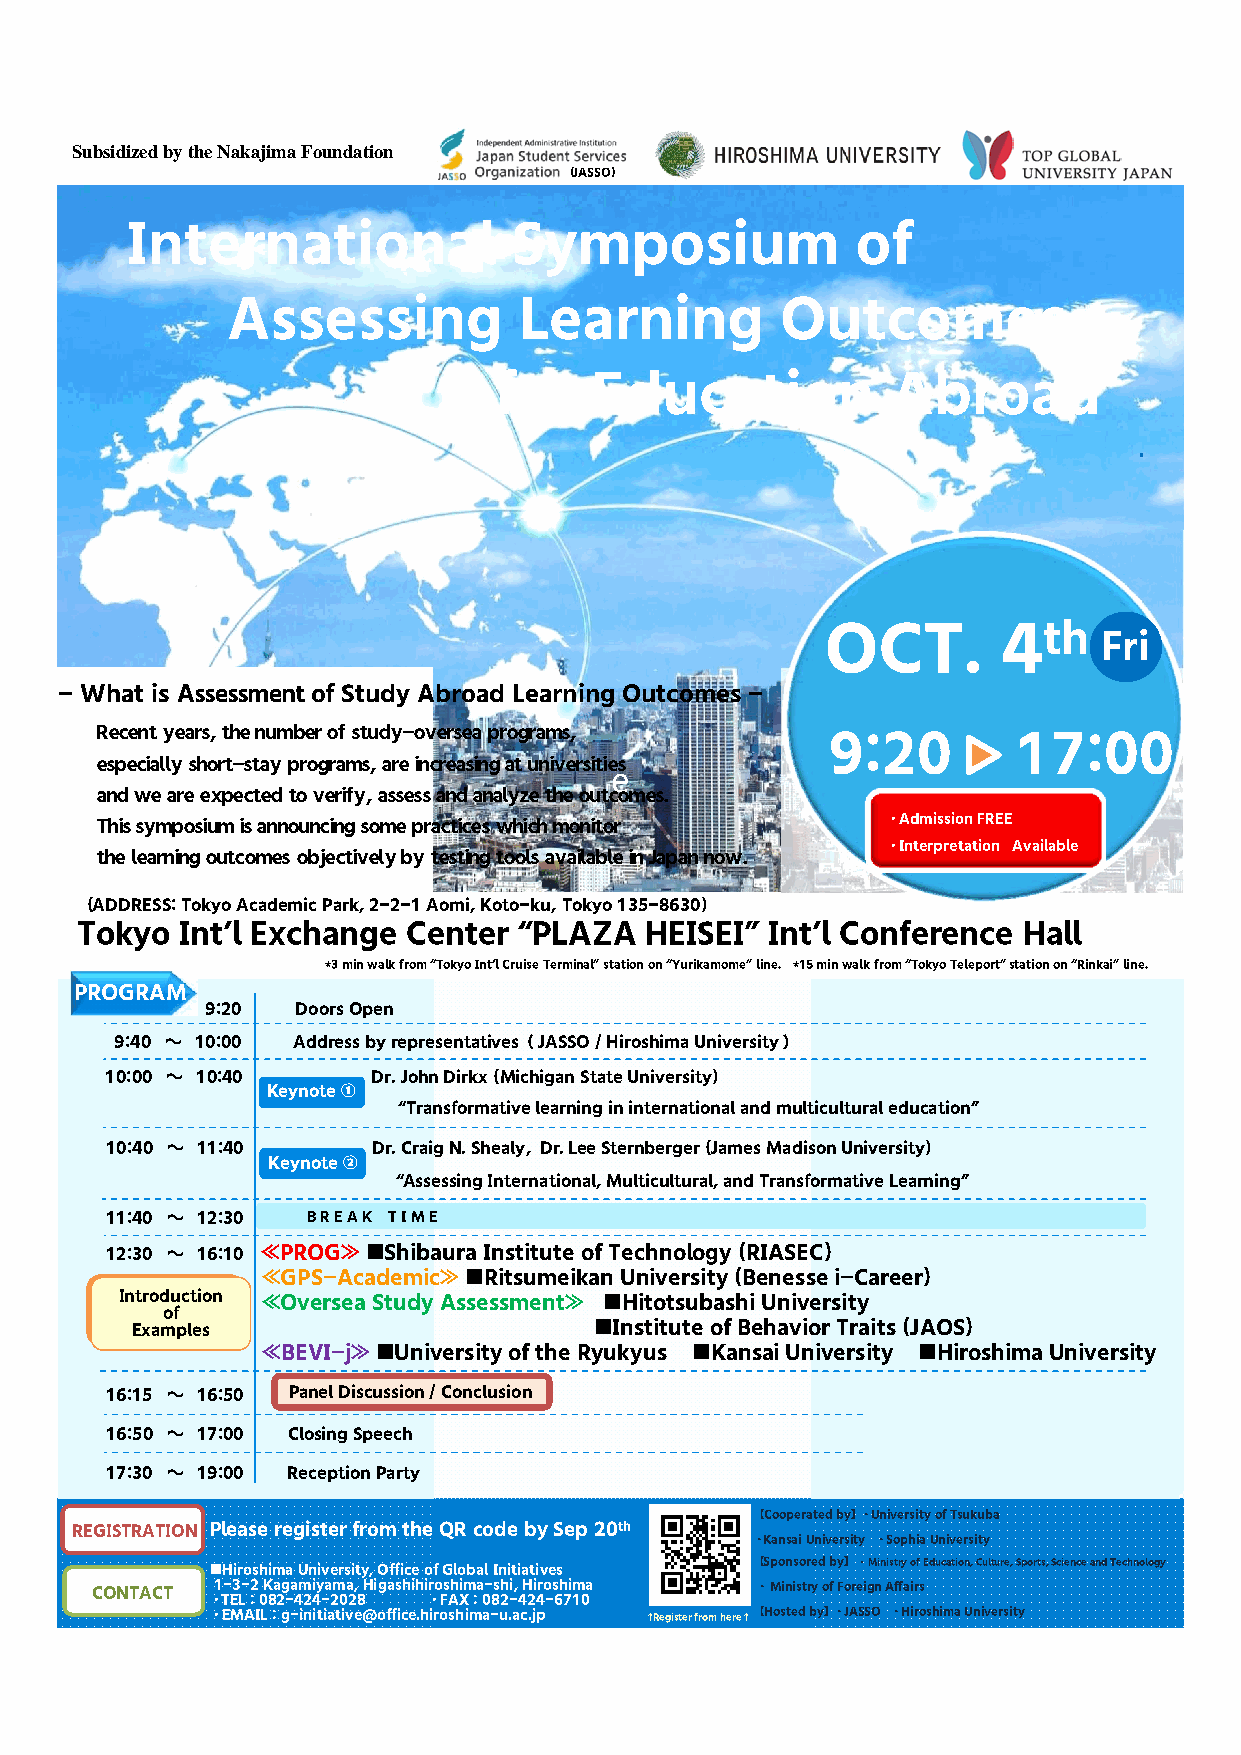
Subsidized by the Nakajima Foundation
 (JASSO)
 International             Symposium              of
 Assessing          Learning          Outcomes
 for   Education           Abroad
 OCT.       4th
 Fri
 - What is Assessment of Study Abroad Learning Outcomes -
 Recent years, the number of study-oversea programs, 9:20     17:00
 especially short-stay programs, are increasing at universities
 e
 and we are expected to verify, assess and analyze the outcomes.
 This symposium is announcing some practices which monitor ・Admission FREE
 ・Interpretation Available
 the learning outcomes objectively by testing tools available in Japan now.
 (ADDRESS: Tokyo Academic Park, 2-2-1 Aomi, Koto-ku, Tokyo 135-8630)
 Tokyo  Int’l Exchange Center “PLAZA   HEISEI” Int’l Conference Hall
 *3 min walk from “Tokyo Int’l Cruise Terminal” station on “Yurikamome” line. *15 min walk from “Tokyo Teleport” station on “Rinkai” line.
 PROGRAM
 9:20  Doors Open
 9:40 ～ 10:00 Address by representatives（JASSO /Hiroshima University ）
 10:00 ～ 10:40     Dr. John Dirkx (Michigan State University)
 Keynote①
 “Transformative learning in international and multicultural education”
 10:40 ～ 11:40     Dr. Craig N. Shealy，Dr. Lee Sternberger(James Madison University)
 Keynote②
 “Assessing International, Multicultural, and Transformative Learning”
 11:40 ～ 12:30 B R E A K T I M E
 12:30 ～ 16:10 ≪PROG≫ ■Shibaura Institute of Technology (RIASEC)
 ≪GPS-Academic≫ ■RitsumeikanUniversity (Benessei-Career)
 Introduction ≪Oversea Study Assessment≫ ■HitotsubashiUniversity
 of
 Examples                      ■Institute of Behavior Traits (JAOS)
 ≪BEVI-j≫ ■University of the Ryukyus ■Kansai University ■Hiroshima University
 16:15 ～ 16:50 Panel Discussion / Conclusion
 16:50 ～ 17:00 Closing Speech
 17:30 ～ 19:00 Reception Party
 【Cooperated by】・University of Tsukuba
 REGISTRATION Please register from the QR code by Sep 20th
 ・Kansai University ・Sophia University
 ■Hiroshima University, Office of Global Initiatives 【Sponsored by】・Ministry of Education, Culture, Sports, Science and Technology
 CONTACT 1-3-2 Kagamiyama, Higashihiroshima-shi, Hiroshima ・Ministry of Foreign Affairs
 ・TEL：082-424-2028 ・FAX：082-424-6710
 ・EMAIL：g-initiative@office.hiroshima-u.ac.jp ↑Register from here↑【Hosted by】・JASSO ・Hiroshima University